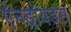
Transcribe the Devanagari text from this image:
ऍनड्रॉयड्स